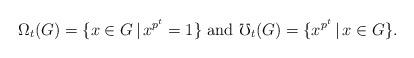
LaTeX: \begin{align*}\Omega_t(G)=\{x\in G\,|\,x^{p^t}=1\}\textrm{\ and\ }\mho_t(G)=\{x^{p^t}\,|\,x\in G\}.\end{align*}